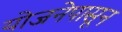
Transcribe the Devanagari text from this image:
योजनेपासून